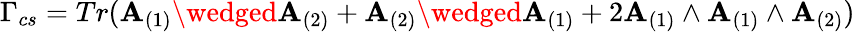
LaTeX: \Gamma_{cs}=Tr(\mathbf{A}_{(1)}\wedged\mathbf{A}_{(2)}+\mathbf{A}_{(2)}\wedged\mathbf{A}_{(1)}+2\mathbf{A}_{(1)}\wedge\mathbf{A}_{(1)}\wedge\mathbf{A}_{(2)})